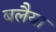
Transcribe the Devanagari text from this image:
बलैया